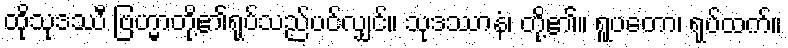
ထိုသုဒဿီ ဗြဟ္မာတို့၏ရုပ်သည်ပင်လျှင်။ သုဒဿာနံ၊ တို့၏။ ရူပတော၊ ရုပ်ထက်။